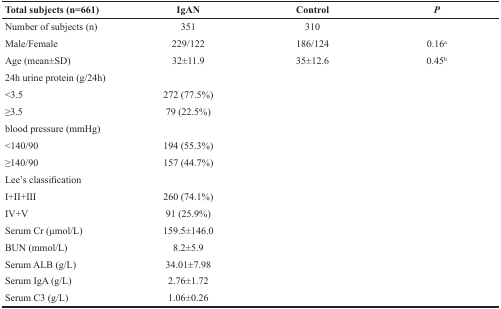
<table><thead><tr><td><b>Total subjects (n=661)</b></td><td><b>IgAN</b></td><td><b>Control</b></td><td><b><i>P</i></b></td></tr></thead><tbody><tr><td>Number of subjects (n)</td><td>351</td><td>310</td><td></td></tr><tr><td>Male/Female</td><td>229/122</td><td>186/124</td><td>0.16<sup>a</sup></td></tr><tr><td>Age (mean±SD)</td><td>32±11.9</td><td>35±12.6</td><td>0.45<sup>b</sup></td></tr><tr><td colspan="4">24h urine protein (g/24h)</td></tr><tr><td>&lt;3.5</td><td>272 (77.5%)</td><td></td><td></td></tr><tr><td>≥3.5</td><td>79 (22.5%)</td><td></td><td></td></tr><tr><td colspan="4">blood pressure (mmHg)</td></tr><tr><td>&lt;140/90</td><td>194 (55.3%)</td><td></td><td></td></tr><tr><td>≥140/90</td><td>157 (44.7%)</td><td></td><td></td></tr><tr><td colspan="4">Lee&#x27;s classification</td></tr><tr><td>I+II+III</td><td>260 (74.1%)</td><td></td><td></td></tr><tr><td>IV+V</td><td>91 (25.9%)</td><td></td><td></td></tr><tr><td>Serum Cr (μmol/L)</td><td>159.5±146.0</td><td></td><td></td></tr><tr><td>BUN (mmol/L)</td><td>8.2±5.9</td><td></td><td></td></tr><tr><td>Serum ALB (g/L)</td><td>34.01±7.98</td><td></td><td></td></tr><tr><td>Serum IgA (g/L)</td><td>2.76±1.72</td><td></td><td></td></tr><tr><td>Serum C3 (g/L)</td><td>1.06±0.26</td><td></td><td></td></tr></tbody></table>